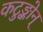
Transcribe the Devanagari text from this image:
कटुङ्कोन्